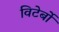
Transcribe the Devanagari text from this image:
विटेर्बो